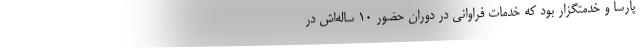
پارسا و خدمتگزار بود که خدمات فراوانی در دوران حضور ۱۰ ساله‌اش‌ در